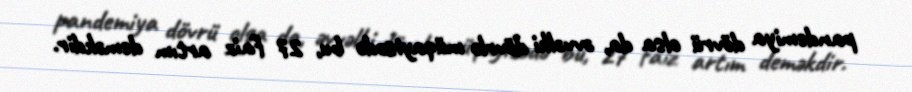
pandemiya dövrü olsa da, əvvəlki dövrlə müqayisədə bu, 27 faiz artım deməkdir.